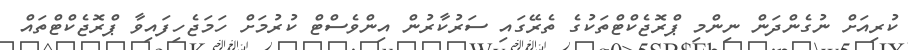
ކުރިއަށް ނުގެންދަން ނިންމި ޕްރޮޖެކްޓްތަކުގެ ތެރޭގައި ސަރުކާރުން އިންވެސްޓް ކުރުމަށް ހަމަޖެހިފައިވާ ޕްރޮޖެކްޓްތައް